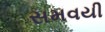
સમવયી